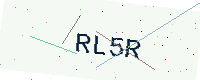
Text: RL5R